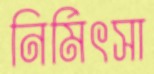
নির্মিৎসা